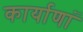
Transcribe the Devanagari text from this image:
कार्याणां